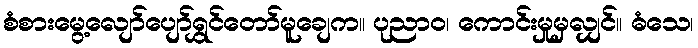
စံစားမွေ့လျော်ပျော်ရွှင်တော်မူချေက။ ပုညာဝ၊ ကောင်းမှုမှလျှင်။ ဓံသေ၊